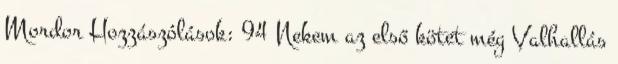
Mordor Hozzászólások: 94 Nekem az első kötet még Valhallás